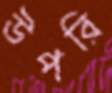
উপরি